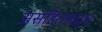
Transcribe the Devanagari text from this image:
असंहिताबद्ध